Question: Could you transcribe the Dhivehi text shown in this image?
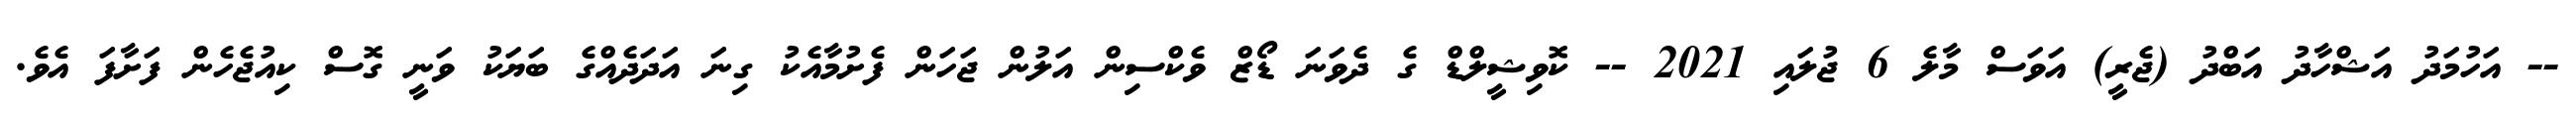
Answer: -- އަހުމަދު އަޝްހާދު އަބްދު (ޖެރީ) އަވަސް މާލެ 6 ޖުލައި 2021 -- ކޮވިޝީލްޑް ގެ ދެވަނަ ޑޯޒް ވެކްސިން އަލުން ޖަހަން ފެށުމާއެކު ގިނަ އަދަދެއްގެ ބަޔަކު ވަނީ ގޮސް ކިއުޖެހެން ފަށާފަ އެވެ.